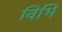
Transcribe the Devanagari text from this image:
विभिं